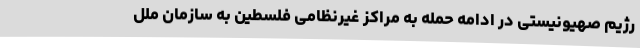
رژیم صهیونیستی در ادامه حمله به مراکز غیرنظامی فلسطین به سازمان ملل